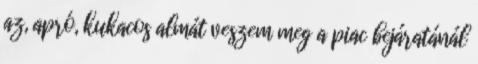
az, apró, kukacos almát veszem meg a piac bejáratánál